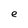
Character: e